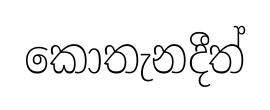
කොතැනදීත්